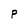
Character: P